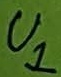
Text: U1